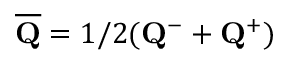
\overline { { { \bf Q } } } = 1 / 2 ( { \bf Q } ^ { - } + { \bf Q } ^ { + } )